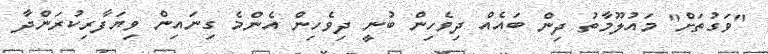
"ވަގުތަށް" މައުލޫމާތު ދިން ބައެއް ދިވެހިން ބުނީ ދިވެހިން އެންމެ ގިނައިން ވިޔަފާރިކުރަންދާ